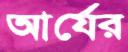
আর্যের